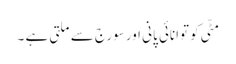
مٹّی کو توانائی پانی اور سورج سے ملتی ہے ۔